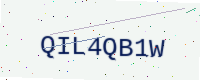
Text: QIL4QB1W